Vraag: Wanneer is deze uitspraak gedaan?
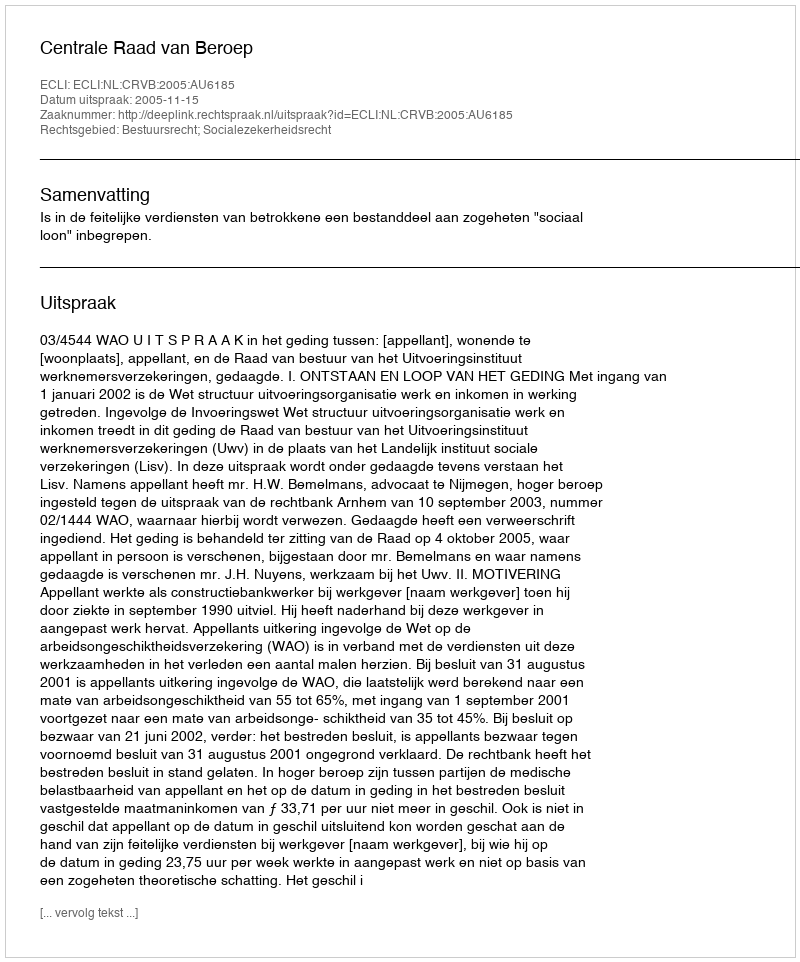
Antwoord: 2005-11-15